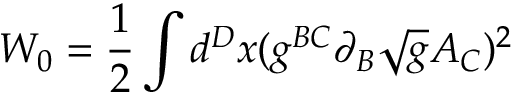
W _ { 0 } = \frac { 1 } { 2 } \int d ^ { D } x ( g ^ { B C } \partial _ { B } \sqrt { g } A _ { C } ) ^ { 2 }